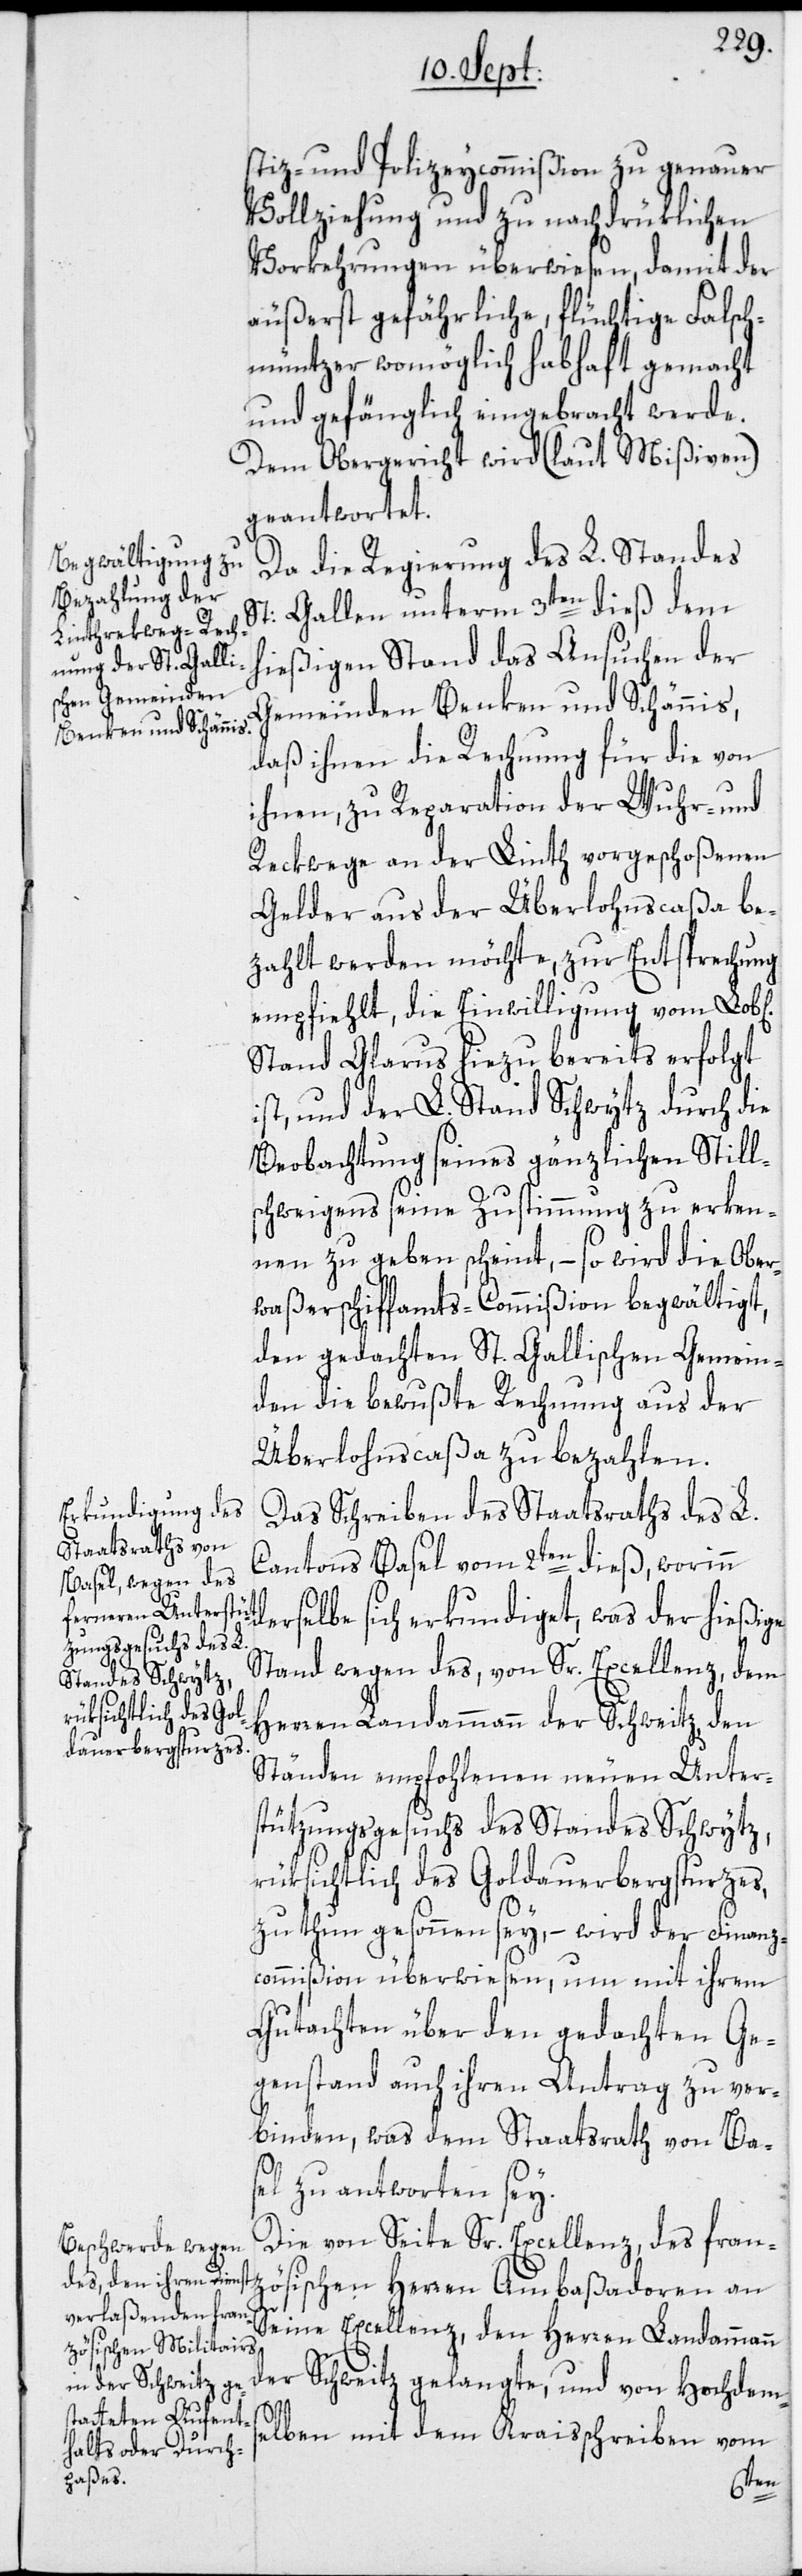
stiz- und Polizeycommißion zu genauer
Vollziehung und zu nachdrüklichen
Vorkehrungen überwiesen, damit der
äußerst gefährliche, flüchtige Falsch¬
müntzer womöglich habhaft gemacht
und gefänglich eingebracht werde.
Dem Obergericht wird (laut Mißiven)
geantwortet.
Da die Regierung des L. Standes
St: Gallen unterm 3ten dieß dem
hießigen Stand das Ansuchen der
Gemeinden Benken und Schännis,
daß ihnen die Rechnung für die von
ihnen, zu Reparation der Wuhr- und
Reckwege an der Linth vorgeschoßenen
Gelder aus der Überlohnscaßa be¬
zahlt werden möchte, zur Entsprechung
empfiehlt, die Einwilligung vom Lob[li¬
Stand Glarus hiezu bereits erfolgt
ist, und der L. Stand Schwytz durch die
Beobachtung seines gänzlichen Still¬
schweigens seine Zustimmung zu erken¬
nen zu geben scheint, – so wird die Ober¬
waßerschiffamts-Commißion begwältigt,
den gedachten St. Gallischen Gemein¬
den die bewußte Rechnung aus der
Überlohnscaßa zu bezahlen.
Das Schreiben des Staatsraths des L.
Cantons Basel vom 2ten dieß, worinn
derselbe sich erkundiget, was der hießige
Stand wegen des, von Sr. Excellenz, dem
Herren Landammann der Schweitz, den
Ständen empfohlenen neuen Unter¬
stützungsgesuchs des Standes Schwytz,
rüksichtlich des Goldauerbergsturzes,
zu thun gesonnen sey, – wird der Finanz¬
commißion überwiesen, um mit ihrem
Gutachten über den gedachten Ge¬
genstand auch ihren Antrag zu ver¬
binden, was dem Staatsrath von Ba¬
sel zu antworten sey.
Die von Seite Sr. Excellenz, des fran¬
zösischen Herren Ambaßadoren an
Seine Excellenz, den Herren Landammann
der Schweitz gelangte, und von Hochdem¬
selben mit dem Kraisschreiben vom
chen]